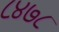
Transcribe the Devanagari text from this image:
८४७८